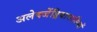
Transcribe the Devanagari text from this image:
अलेक्जेंड्रियावासियों